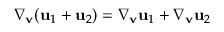
\nabla _ { \mathbf { v } } ( \mathbf { u } _ { 1 } + \mathbf { u } _ { 2 } ) = \nabla _ { \mathbf { v } } \mathbf { u } _ { 1 } + \nabla _ { \mathbf { v } } \mathbf { u } _ { 2 }